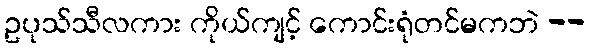
ဥပုသ်သီလကား ကိုယ်ကျင့် ကောင်းရုံတင်မကဘဲ --